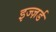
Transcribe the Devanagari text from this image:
इज्ज़र्ड